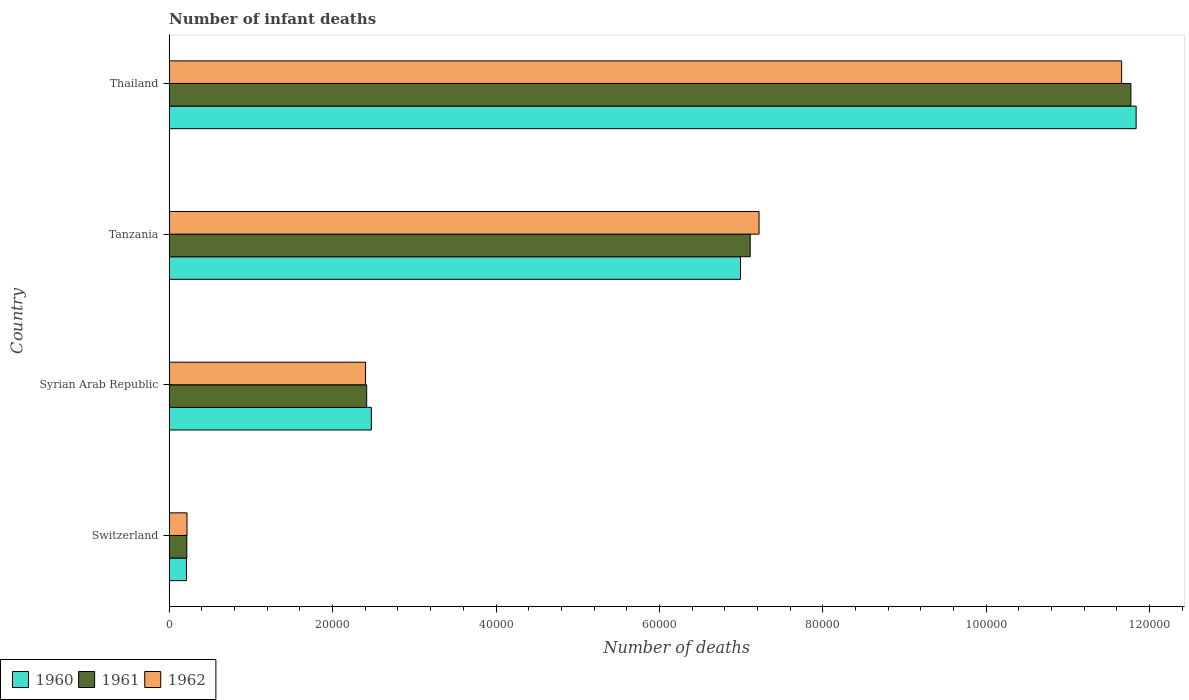
| Country | 1960 | 1961 | 1962 |
 | --- | --- | --- | --- |
 | Switzerland | 2.12e+03 | 2.16e+03 | 2.18e+03 |
 | Syrian Arab Republic | 2.47e+04 | 2.42e+04 | 2.4e+04 |
 | Tanzania | 6.99e+04 | 7.11e+04 | 7.22e+04 |
 | Thailand | 1.18e+05 | 1.18e+05 | 1.17e+05 |